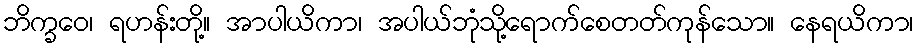
ဘိက္ခဝေ၊ ရဟန်းတို့။ အာပါယိကာ၊ အပါယ်ဘုံသို့ရောက်စေတတ်ကုန်သော။ နေရယိကာ၊